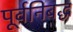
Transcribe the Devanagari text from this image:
पूर्वनिबद्ध